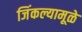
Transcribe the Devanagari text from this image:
जिंकल्यामूळे